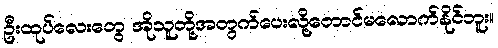
ဦးထုပ်လေးတွေ အိုသူတို့အတွက်ပေးလို့တောင်မလောက်နိုင်ဘူး။